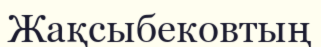
Жақсыбековтың